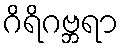
ဂိရိဂဗ္ဘရာ